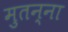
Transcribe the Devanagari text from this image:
मुतन्ना